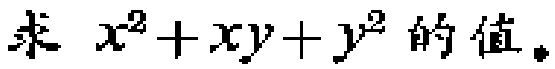
求 \(x^{2}+xy + y^{2}\) 的值。